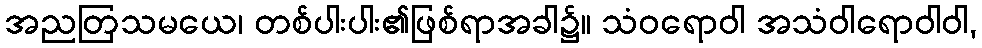
အညတြသမယေ၊ တစ်ပါးပါး၏ဖြစ်ရာအခါ၌။ သံဝရောဝါ အသံဝါရောဝါဝါ,